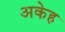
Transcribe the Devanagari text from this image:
अकेह